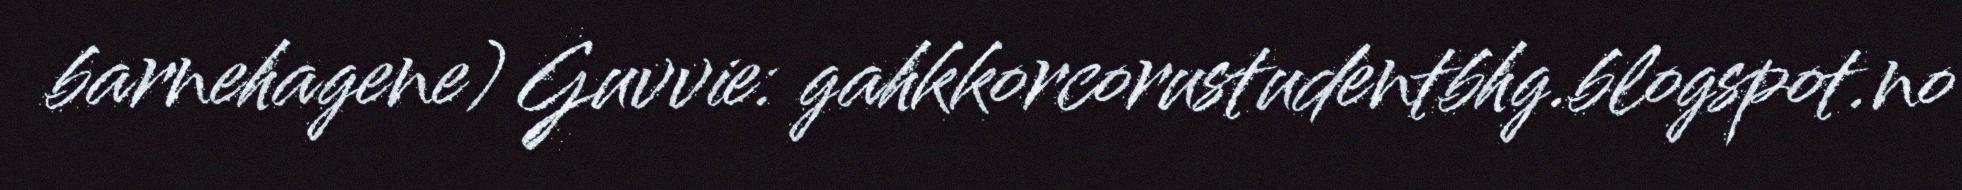
barnehagene) Guvvie: gahkkorcorustudentbhg.blogspot.no